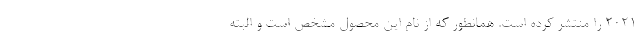
2021 را منتشر کرده است. همانطور که از نام این محصول مشخص است و البته